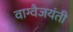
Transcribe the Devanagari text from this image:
वाग्वैजयंती